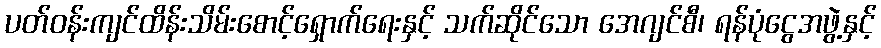
ပတ်ဝန်းကျင်ထိန်းသိမ်းစောင့်ရှောက်ရေးနှင့် သက်ဆိုင်သော အေဂျင်စီ၊ ရန်ပုံငွေအဖွဲ့နှင့်